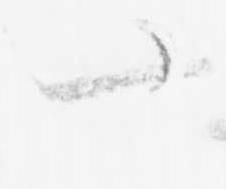
一